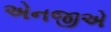
એનજીએ